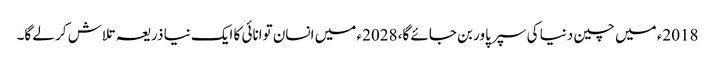
2018ء میں چین دنیا کی سپر پاور بن جائے گا، 2028ء میں انسان توانائی کا ایک نیا ذریعہ تلاش کر لے گا۔